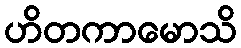
ဟိတကာမောသိ